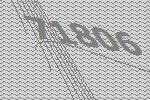
71806